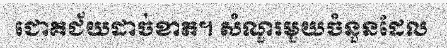
ជោគជ័យដាច់ខាត។ សំណួរមួយចំនួនដែល